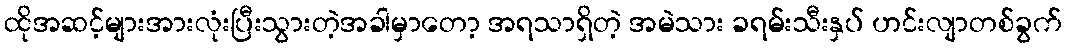
ထိုအဆင့်များအားလုံးပြီးသွားတဲ့အခါမှာတော့ အရသာရှိတဲ့ အမဲသား ခရမ်းသီးနှပ် ဟင်းလျာတစ်ခွက်